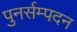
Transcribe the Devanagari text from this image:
पुनर्सम्पदन